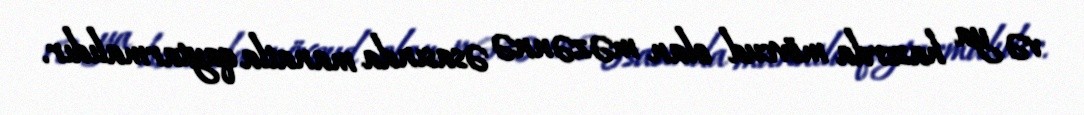
və ya hazırda mövcud olan məzənnə əsasında manatla qaytarmalıdır.